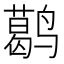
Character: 𬸭